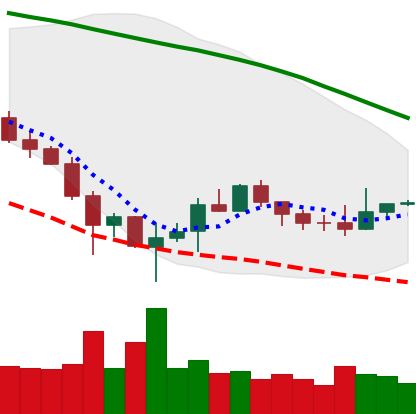
Ticker: BTC-USD
Chart end date: 2019-12-07
Forward return: -4.144%
Label: down_3_5